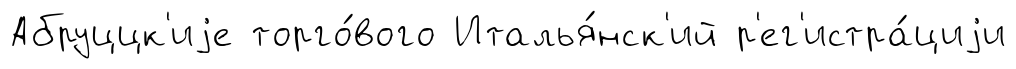
Абруццк'иjе торго́вого Италья́нск'ий р'ег'истра́циjи